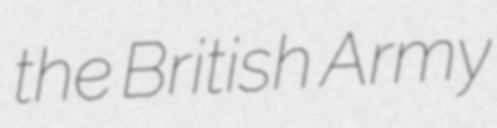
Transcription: the British Army